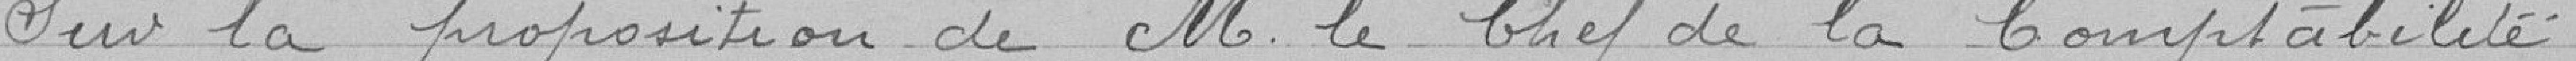
Sur la proposition de Monsieur le Chef de la Comptabilité